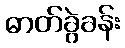
ဓာတ်ခွဲခန်း